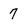
Character: 7